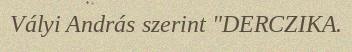
Vályi András szerint "DERCZIKA.